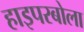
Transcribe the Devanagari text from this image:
हाइपरबोला